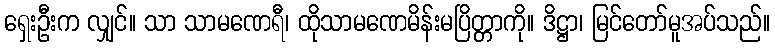
ရှေးဦးက လျှင်။ သာ သာမဏေရီ၊ ထိုသာမဏေမိန်းမပြိတ္တာကို။ ဒိဋ္ဌာ၊ မြင်တော်မူအပ်သည်။